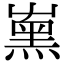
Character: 𡴦